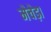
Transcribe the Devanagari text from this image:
मेचेड़ा